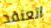
اتعتقد